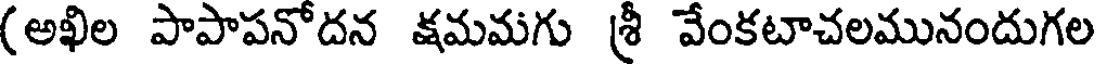
(అఖిల పాపాపనోదన క్షమమగు శ్రీ వేంకటాచలమునందుగల